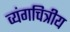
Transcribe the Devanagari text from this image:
व्यंगचित्रीय